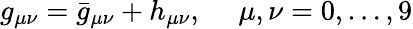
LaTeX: g_{\mu\nu}={\bar{g}}_{\mu\nu}+h_{\mu\nu},~~~~~\mu,\nu=0,\dots,9